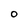
Character: O